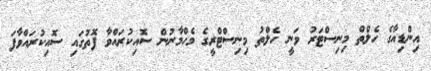
އިންޑިއާގެ ހެލްތް މިނިސްޓަރު ވަނީ ހެލްތު މިނިސްޓްރީގެ މެހްމާނުން ސޮއިކުރައްވާ ފޮތުގައި ސޮއިކުރައްވާފަ